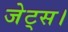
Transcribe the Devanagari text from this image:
जेट्स।